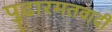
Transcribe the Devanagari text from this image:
पुढारमतवादी